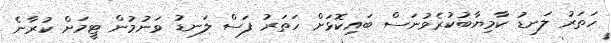
ހަތަރު ލަނޑު ކާމިޔާބުކުރެވުނަސް ބައިކޮޅަށް ހަތަރު ފަސް ލަނޑު ވަނުމުން ޓީމަށް ކުރާނެ